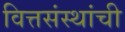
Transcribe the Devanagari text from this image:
वित्तसंस्थांची